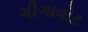
ગીગાવોટ